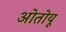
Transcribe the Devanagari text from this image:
ओतोयू